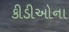
કીડીઓના